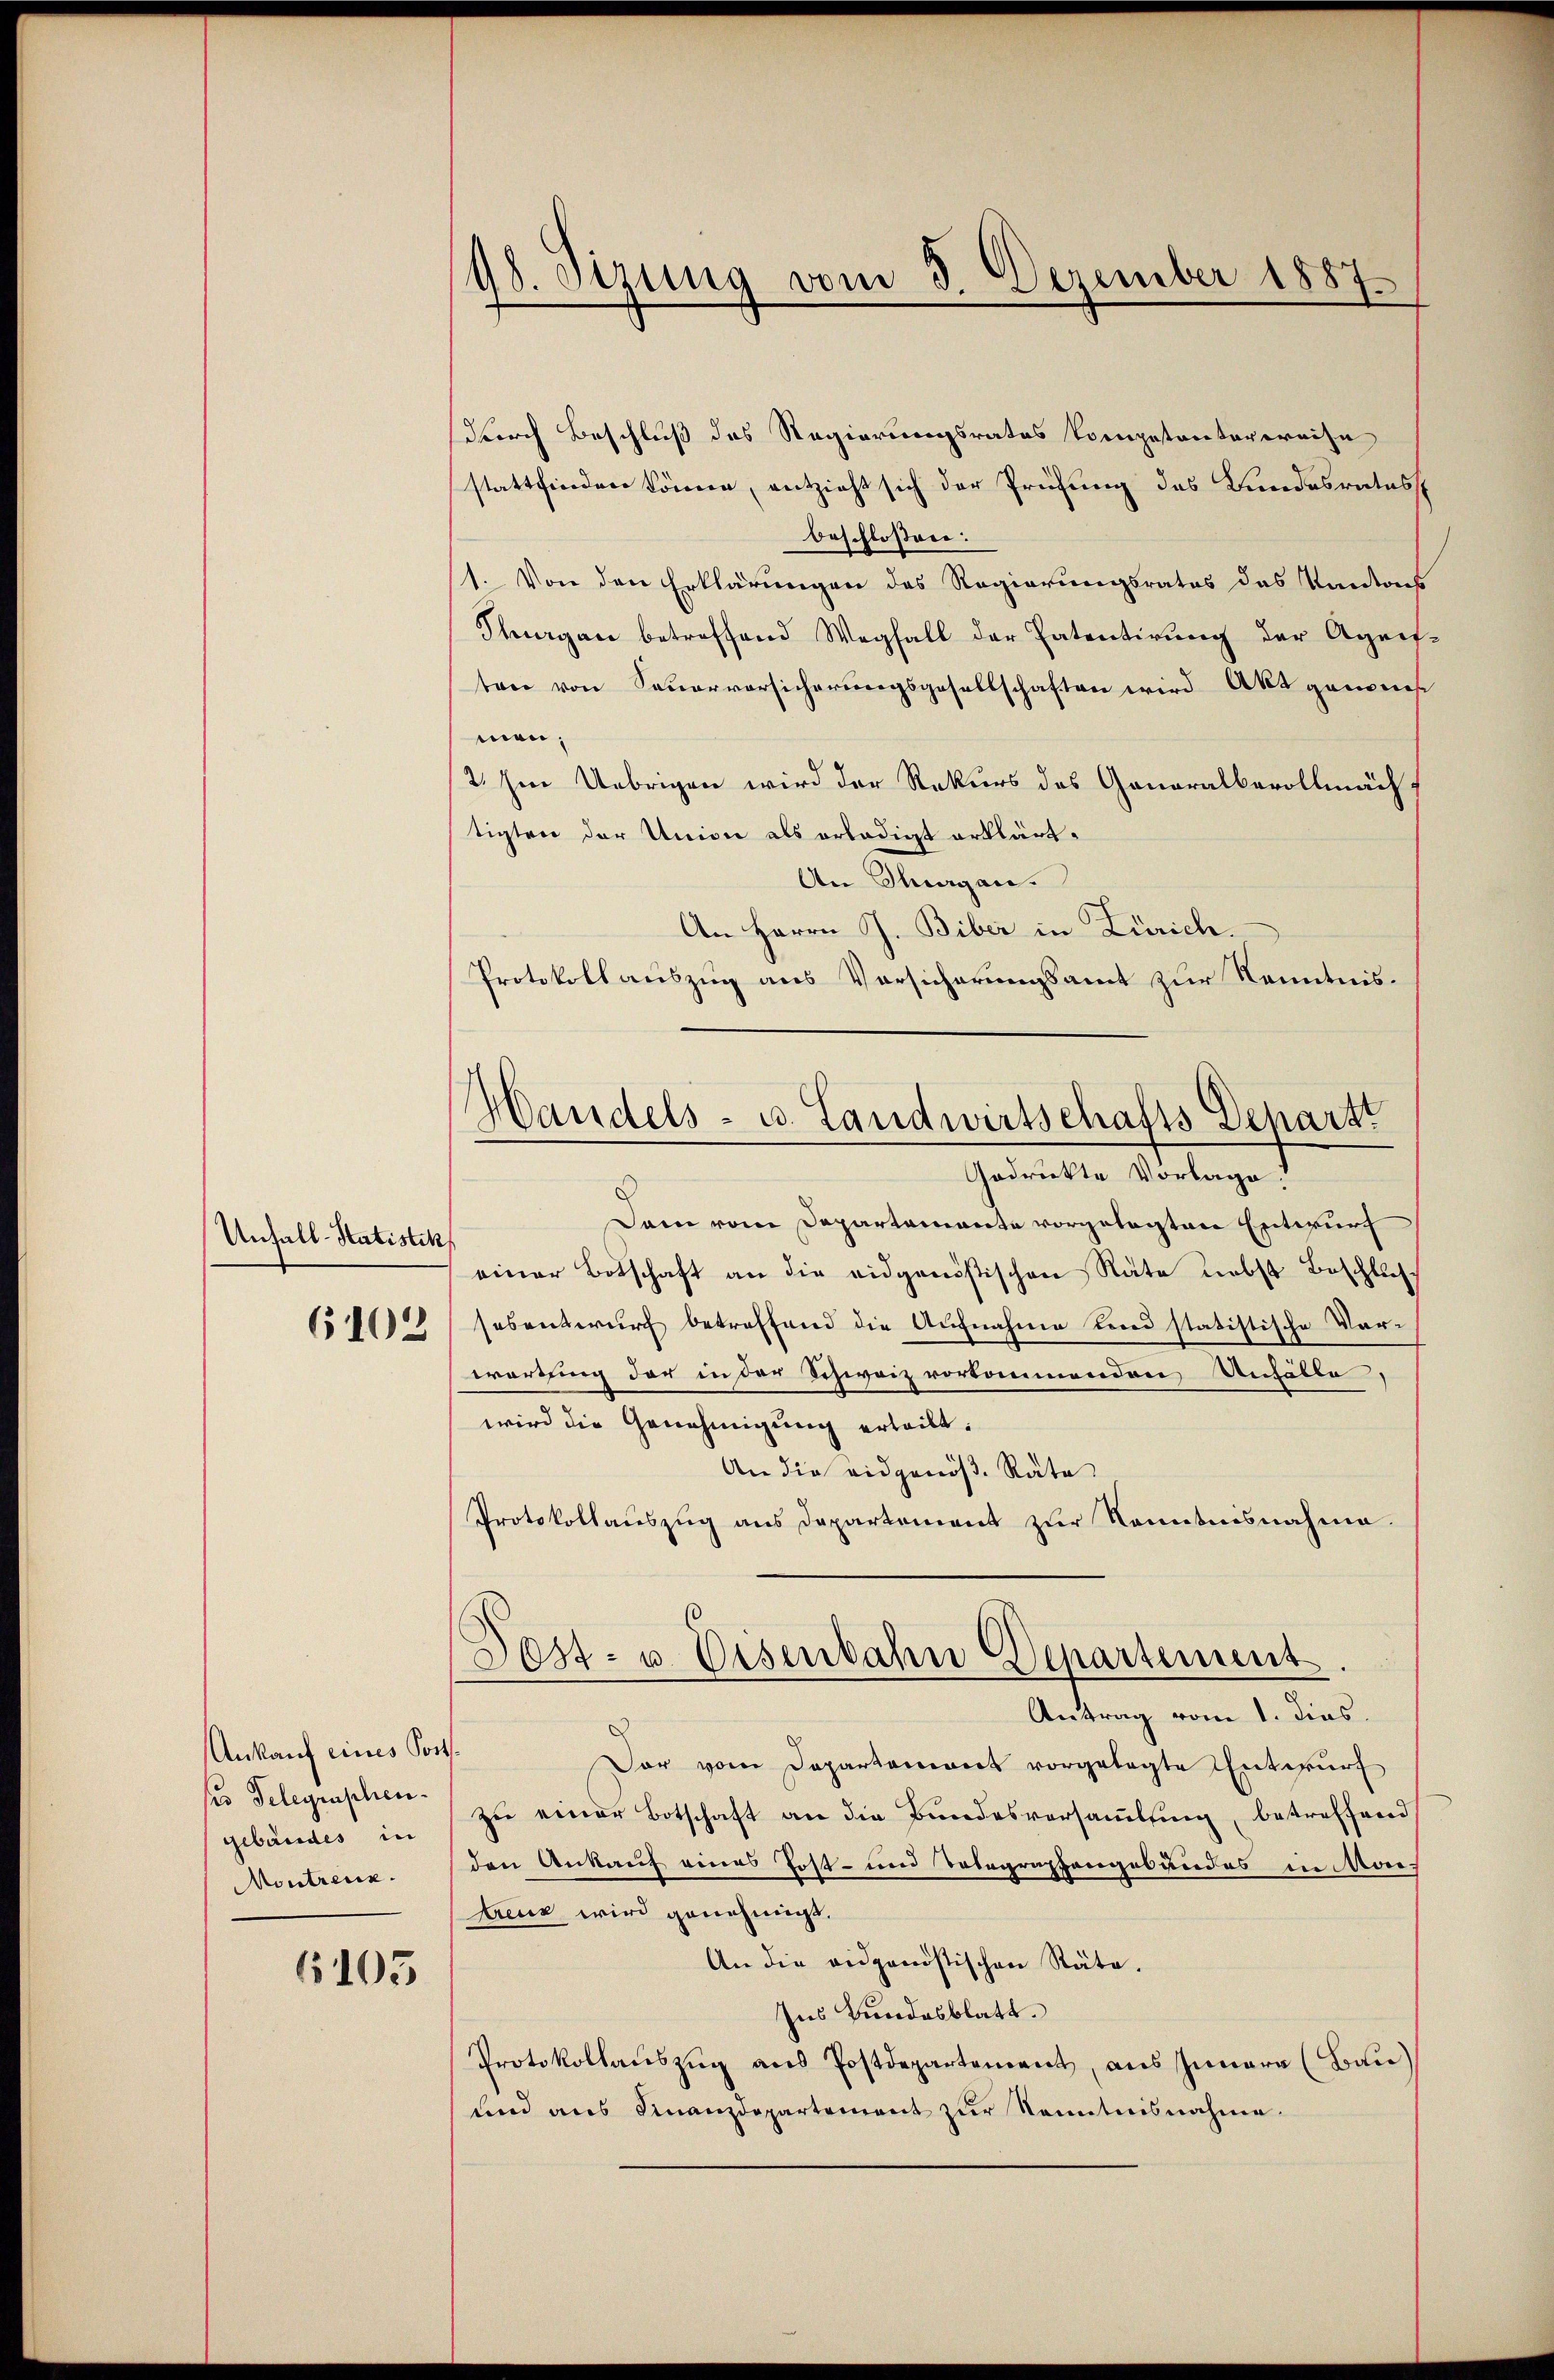
Unfall-Statistik
6103

Ankauf eines Postses Telegraphen
gebäudes in
Montreux.

6105

durch Beschluß des Regierungsrates kompetentarereise
stattfinden können, entzieht sich der Prüfung des Bundesrates,
beschlossen:
1. Von den Erklärungen des Regierungsrates des Kantons
Thurgau betreffend Wegfall der Patentirŭng der Agnes
ten von Feuervorsicherungsgesellschaften wird Akt genom
men;
2. Im Uebrigen wird der Rekurs des Generalbevollmäch
tigten der Union als erlädigt erklärt.
An Thurgau.
An Herrn J. Biber in Zürich.
Protokollauszug aus Vorsicherungsamt zur Kenntnis¬
Dann vom Departamante vorgelegten Entwurf
einer Botschaft an die eidgenößischen Räte Liebst Beschlus
sesentwurf betreffend die Aufnahme berei statistische Vorwortling der in der Schweiz vorkommenden Unfälle,
wird die Genehmigung erteilt.
An die eidgenöß. Räte
Protokollauszug aus Departement zur Kenntnisnahme.
Post- u Eisenbahn Departement
Antrag vom 1. dies.
Der vom Departement vorgelegte Entwurf
zu einer Botschaft an die Bundesversammlung, betreffend
den Ankauf eines Post- und Tobegraphangesundes in Sonekreuz wird genehmigt.
An die eidganistischen Räte.
Ins Bundesblatt.
Protokollaŭszŭg ans Postdepartement, aus Innern (Bau)
und aus Finanzdepartement zur Kenntnisnahme.

.
Stzung vom 3. Dezember 1887.

Handels- u. Landwirtschafts Departt
Gedrückte Vorlage!